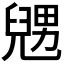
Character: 𠒰